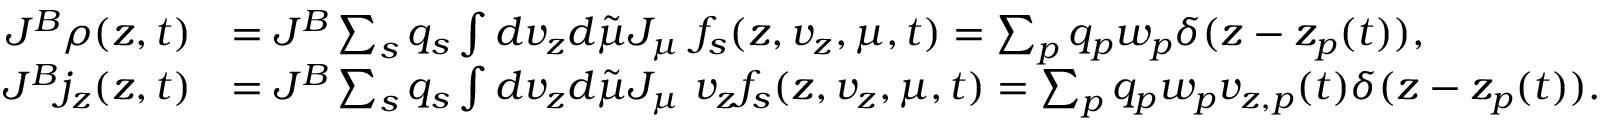
\begin{array} { r l } { J ^ { B } \rho ( z , t ) } & { = J ^ { B } \sum _ { s } q _ { s } \int d v _ { z } d \tilde { \mu } J _ { \mu } ~ f _ { s } ( z , v _ { z } , \mu , t ) = \sum _ { p } q _ { p } w _ { p } \delta ( z - z _ { p } ( t ) ) , } \\ { J ^ { B } j _ { z } ( z , t ) } & { = J ^ { B } \sum _ { s } q _ { s } \int d v _ { z } d \tilde { \mu } J _ { \mu } ~ v _ { z } f _ { s } ( z , v _ { z } , \mu , t ) = \sum _ { p } q _ { p } w _ { p } v _ { z , p } ( t ) \delta ( z - z _ { p } ( t ) ) . } \end{array}